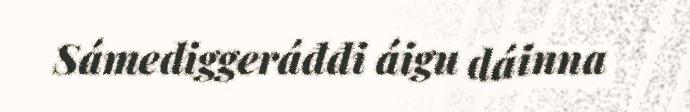
Sámediggeráđđi áigu dáinna